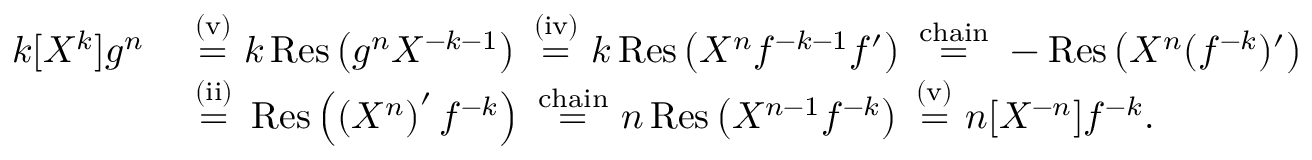
{ \begin{array} { r l } { k [ X ^ { k } ] g ^ { n } } & { \ { \stackrel { \mathrm { ( v ) } } { = } } \ k \operatorname { R e s } \left( g ^ { n } X ^ { - k - 1 } \right) \ { \stackrel { \mathrm { ( i v ) } } { = } } \ k \operatorname { R e s } \left( X ^ { n } f ^ { - k - 1 } f ^ { \prime } \right) \ { \stackrel { \mathrm { c h a i n } } { = } } \ - \operatorname { R e s } \left( X ^ { n } ( f ^ { - k } ) ^ { \prime } \right) } \\ & { \ { \stackrel { \mathrm { ( i i ) } } { = } } \ \operatorname { R e s } \left( \left( X ^ { n } \right) ^ { \prime } f ^ { - k } \right) \ { \stackrel { \mathrm { c h a i n } } { = } } \ n \operatorname { R e s } \left( X ^ { n - 1 } f ^ { - k } \right) \ { \stackrel { \mathrm { ( v ) } } { = } } \ n [ X ^ { - n } ] f ^ { - k } . } \end{array} }